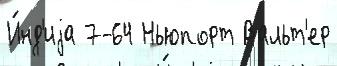
И́нд'иjа 7-64 Ньюпорт Вальт'ер